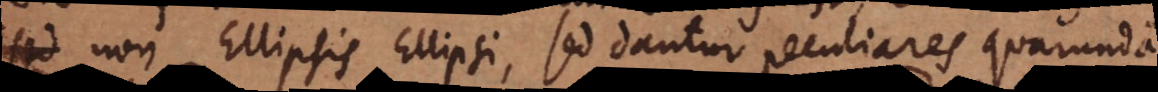
at non Ellipsis Ellipsi, sed dantur peculiares quarundam